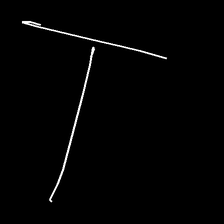
Glyph: column